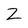
Character: Z